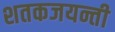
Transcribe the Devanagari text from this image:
शतकजयन्ती